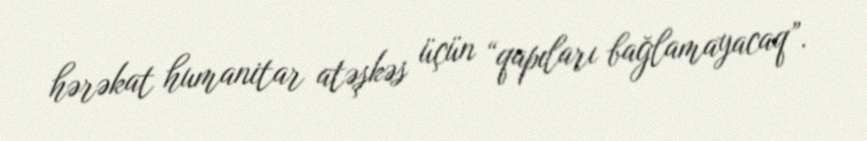
hərəkat humanitar atəşkəs üçün “qapıları bağlamayacaq”.